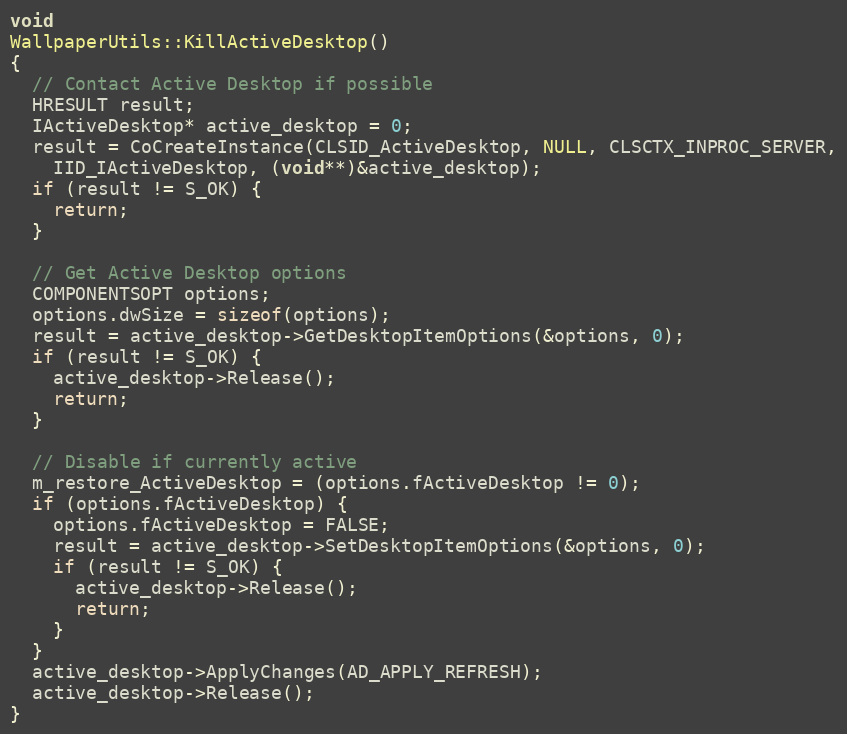
Language: C++
void
WallpaperUtils::KillActiveDesktop()
{
  // Contact Active Desktop if possible
  HRESULT result;
  IActiveDesktop* active_desktop = 0;
  result = CoCreateInstance(CLSID_ActiveDesktop, NULL, CLSCTX_INPROC_SERVER,
    IID_IActiveDesktop, (void**)&active_desktop);
  if (result != S_OK) {
    return;
  }

  // Get Active Desktop options
  COMPONENTSOPT options;
  options.dwSize = sizeof(options);
  result = active_desktop->GetDesktopItemOptions(&options, 0);
  if (result != S_OK) {
    active_desktop->Release();
    return;
  }

  // Disable if currently active
  m_restore_ActiveDesktop = (options.fActiveDesktop != 0);
  if (options.fActiveDesktop) {
    options.fActiveDesktop = FALSE;
    result = active_desktop->SetDesktopItemOptions(&options, 0);
    if (result != S_OK) {
      active_desktop->Release();
      return;
    }
  }
  active_desktop->ApplyChanges(AD_APPLY_REFRESH);
  active_desktop->Release();
}